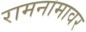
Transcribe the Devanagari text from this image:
रामनामावर